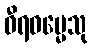
ဓီရဓမ္မေသု